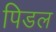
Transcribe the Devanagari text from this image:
पिडल